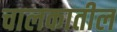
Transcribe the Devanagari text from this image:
चालकातील